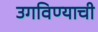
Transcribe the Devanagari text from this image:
उगविण्याची